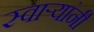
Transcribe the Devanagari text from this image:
स्वार्‍यांनी